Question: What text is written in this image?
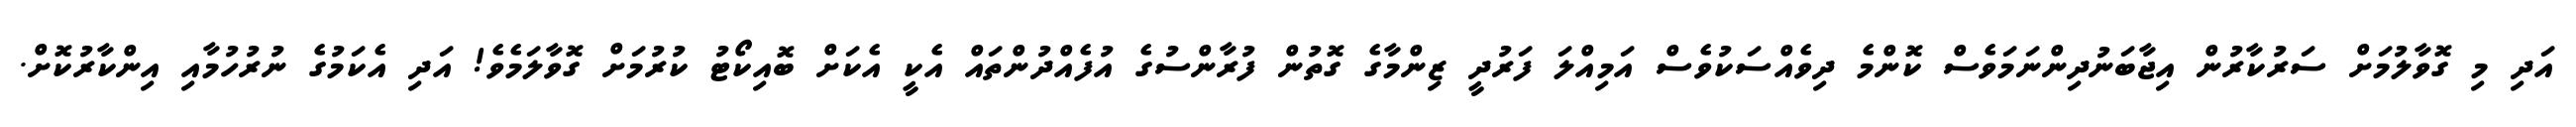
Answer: އަދި މި ގޮވާލުމަށް ސަރުކާރުން އިޖާބަނުދިންނަމަވެސް ކޮންމެ ދިވެއްސަކުވެސް އަމިއްލަ ފަރުދީ ޒިންމާގެ ގޮތުން ފުރާންސުގެ އުފެއްދުންތައް އެކީ އެކަށް ބޮއިކޯޓު ކުރުމަށް ގޮވާލަމެވެ! އަދި އެކަމުގެ ނުރުހުމާއި އިންކާރުކޮށް.